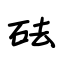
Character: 砝